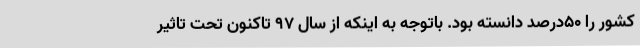
کشور را ۵۰درصد دانسته بود. باتوجه به اینکه از سال ۹۷ تاکنون تحت تاثیر